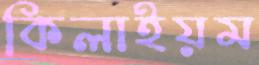
কিলাইয়ম